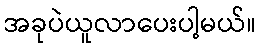
အခုပဲယူလာပေးပါ့မယ်။